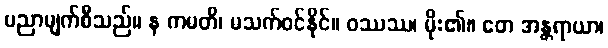
ပညာမျက်စီသည်။ န ကမတိ၊ မသက်ဝင်နိုင်။ ဝဿဿ၊ မိုး၏။ တေ အန္တရာယာ၊